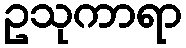
ဥသုကာရာ